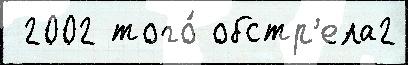
 2002 того́ обстр'ела2